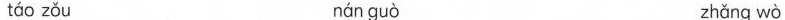
táo zǒu nán guò zhǎng wò